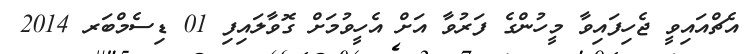
އެޗްއައިވީ ޖެހިފައިވާ މީހުންގެ ފަރުވާ އަށް އެހީވުމަށް ގޮވާލައިފި 01 ޑިސެމްބަރ 2014